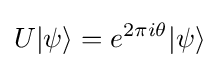
U|\psi \rangle =e^{2\pi i\theta }|\psi \rangle